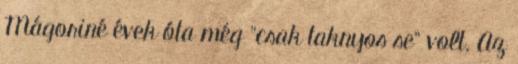
Mágoriné évek óta még "csak taknyos se" volt. Az